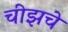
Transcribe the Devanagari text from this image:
चीझचे